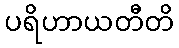
ပရိဟာယတီတိ